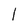
Character: 1